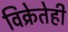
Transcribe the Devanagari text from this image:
विक्रेतेही